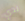
لدي